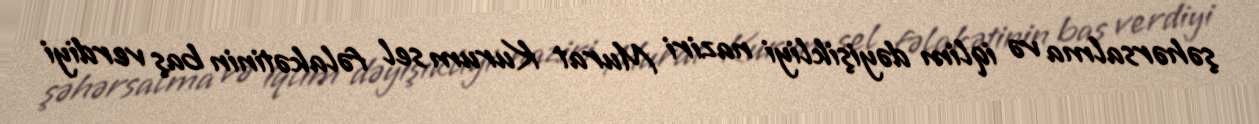
şəhərsalma və iqlim dəyişikliyi naziri Murat Kurum sel fəlakətinin baş verdiyi